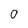
Character: 0